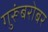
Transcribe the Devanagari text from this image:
गुरूंबरोबर